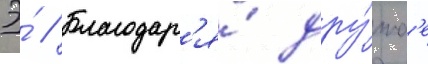
Э́ // Благодар'я́ дру́жб'е